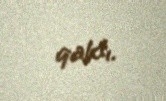
qaldı.